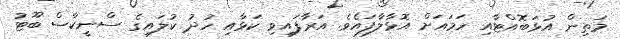
މަތިން އުޅަބޮއްޓާއި ހަމައަށް އޮޅާލާފައެވެ. އަރާފައިވި ކަޅާއި ހުދު ކުލައިގެ ސްނީކާސް ބޫޓު